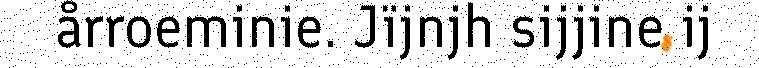
årroeminie. Jïjnjh sijjine ij